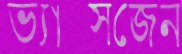
ভ্যাক্সজেন